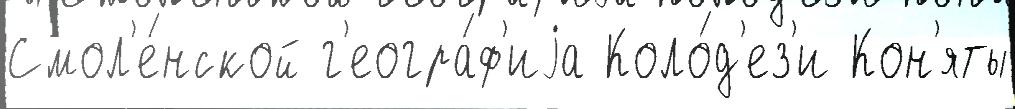
Смол'е́нской г'еогра́ф'иjа Коло́д'ез'и Кон'яты